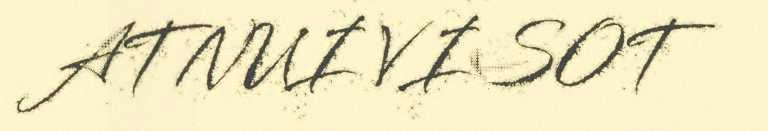
ATNUI VISOT